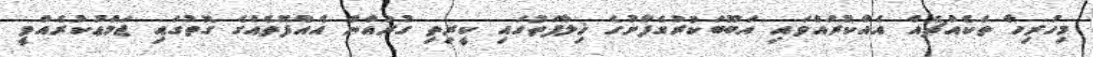
މިހުރިހާ ތަކެއްޗެއް އެއްކުރައްވައި އަބޫބަކުރުގެފާނުގެ ޚިލާފަތުގައި ކީރިތި ގުރުއާން އެއްފޮތެއްގެ ގޮތުގައި ޖަމްޢުކުރެއްވީ